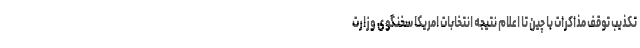
تکذیب توقف مذاکرات با چین تا اعلام نتیجه انتخابات امریکا سخنگوی وزارت